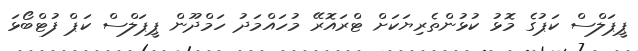
ޕީޕަލްސް ކަޕުގެ މޮޅު ކުޅުންތެރިޔަކަށް ޓްރައޮރޭ މުހައްމަދު ހަމްދޫން ޕީޕަލްސް ކަޕް ފުޓްބޯޅަ